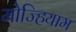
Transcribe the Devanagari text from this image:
मोज्हियाम